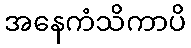
အနေကံသိကာပိ